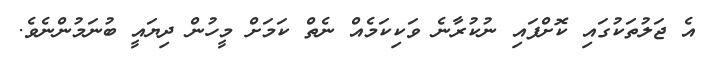
އެ ޖަލުތަކުގައި ކޮށްފައި ނުކުރާނެ ވަކިކަމެއް ނެތް ކަމަށް މީހުން ދިޔައީ ބުނަމުންނެވެ.